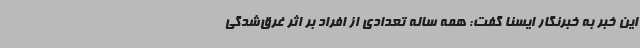
این خبر به خبرنگار ایسنا گفت: همه ساله تعدادی از افراد بر اثر غرق‌شدگی